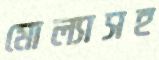
মোল্যাসহ